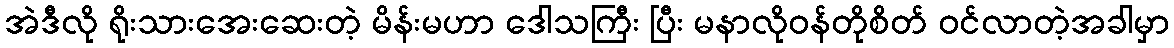
အဲဒီလို ရိုးသားအေးဆေးတဲ့ မိန်းမဟာ ဒေါသကြီး ပြီး မနာလိုဝန်တိုစိတ် ဝင်လာတဲ့အခါမှာ